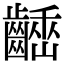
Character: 𪙒